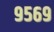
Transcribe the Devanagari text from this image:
९५६९